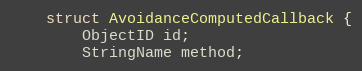
Language: C
	struct AvoidanceComputedCallback {
		ObjectID id;
		StringName method;